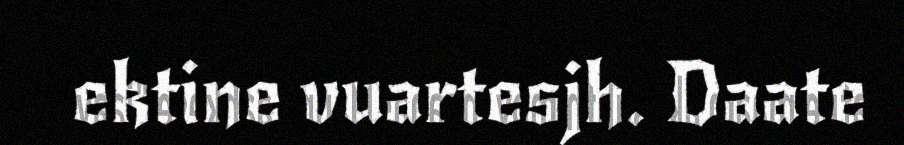
ektine vuartesjh. Daate